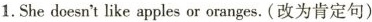
1.She doesn't like apples or oranges.(改为肯定句)